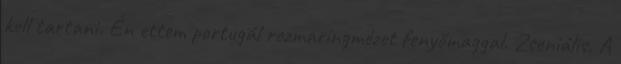
kell tartani. Én ettem portugál rozmaringmézet fenyőmaggal. Zseniális. A